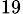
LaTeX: _{19}